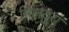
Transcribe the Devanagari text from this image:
मिलदुरा